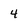
Character: 4